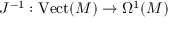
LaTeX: J ^ { - 1 } : { \mathrm { V e c t } } ( M ) \to \Omega ^ { 1 } ( M )